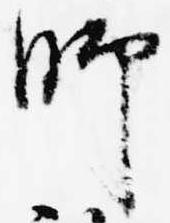
師